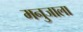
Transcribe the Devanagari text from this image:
मनुजाला